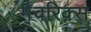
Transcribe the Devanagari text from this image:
मैवरिक्स